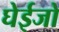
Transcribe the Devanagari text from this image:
घेईजो